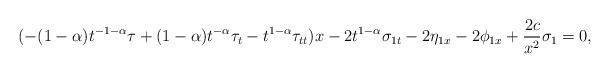
LaTeX: \begin{align*}(-(1-\alpha)t^{-1-\alpha}\tau+(1-\alpha)t^{-\alpha}\tau_{t}-t^{1-\alpha}\tau_{tt})x-2t^{1-\alpha}\sigma_{1t}-2\eta_{1x}-2\phi_{1x}+\frac{2c}{x^2}\sigma_1=0,\end{align*}